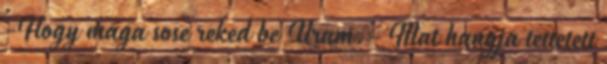
-Hogy maga sose reked be Uram.- Mat hangja tettetett